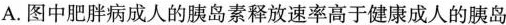
A.图中肥胖病成人的胰岛素释放速率高于健康成人的胰岛